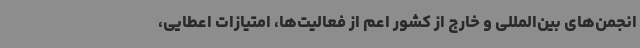
انجمن‌های بین‌المللی و خارج از کشور اعم از فعالیت‌ها، امتیازات اعطایی،